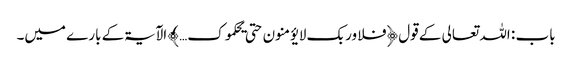
باب : اللہ تعالی کے قول ﴿فلا وربک لا یؤمنون حتی یحکموک… ﴾ الآیۃکے بارے میں۔